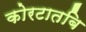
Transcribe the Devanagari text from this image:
कोरटातबि